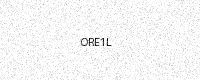
Text: ORE1L